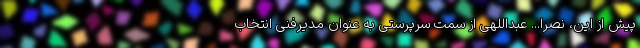
پیش از این، نصرا... عبداللهی از سمت سرپرستی به عنوان مدیرفنی انتخاب